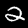
Digit: 2